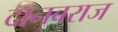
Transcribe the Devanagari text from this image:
दानवराज